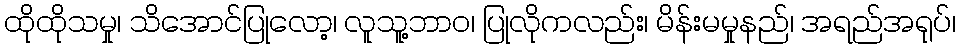
ထိုထိုသမှု၊ သိအောင်ပြုလော့၊ လူသူ့ဘာဝ၊ ပြုလိုကလည်း၊ မိန်းမမှုနည်၊ အရည်အရုပ်၊